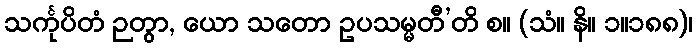
သင်္ကုပိတံ ဉတွာ, ယော သတော ဥပသမ္မတီ’တိ စ။ (သံ။ နိ။ ၁။၁၈၈)၊